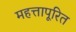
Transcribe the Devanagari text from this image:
महत्तापूरित